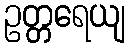
ဥတ္တရေယျ